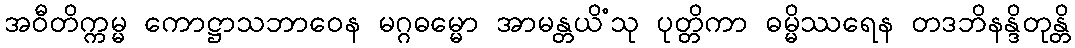
အဝီတိက္ကမ္မ ကောဋ္ဌာသဘာဝေန မဂ္ဂဓမ္မော အာမန္တယိံသု ပုတ္တိကာ ဓမ္မိဿရေန တဒဘိနန္ဒိတုန္တိ